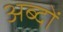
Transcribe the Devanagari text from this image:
अब्दों